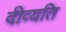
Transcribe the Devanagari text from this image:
दीव्यति